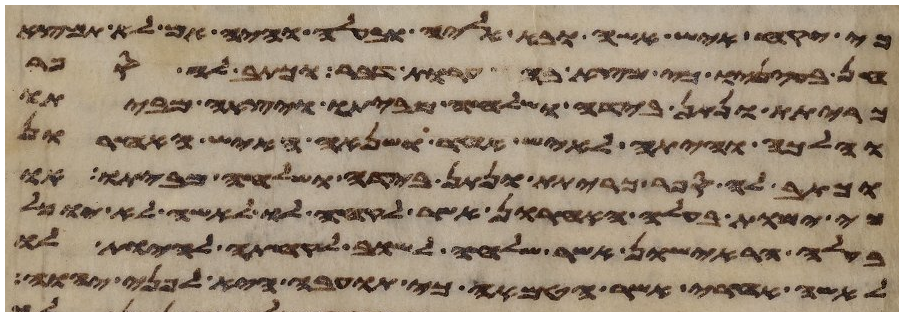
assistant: כי יקח איש אשה ובא אליה ובעלה והיה אם לא תמצא
חן בעיניו כי מצא בה ערות דבר וכתב לה ספר
כריתת ונתן בידה ושלחה מביתו ויצאה מביתו
והלכה והיתה לאיש אחר ושנאה האיש האחרון
וכתב לה ספר כריתת ונתן בידה ושלחה מביתו או
כי ימות בעלה האחרון אשר לקחה לו לאשה לא יוכל
בעלה הראישון אשר שלחה לשוב לקחתה להיות לו
לאשה אחרי אשר הטמאה כי תועבה היא לפני יהוה